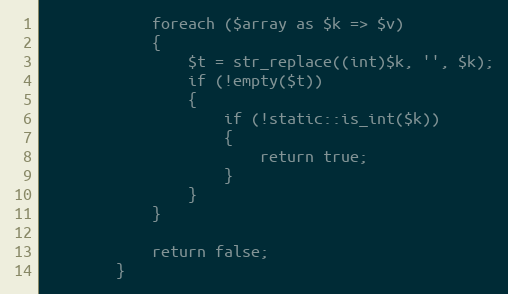
Language: PHP
			foreach ($array as $k => $v)
			{
				$t = str_replace((int)$k, '', $k);
				if (!empty($t))
				{
					if (!static::is_int($k))
					{
						return true;
					}
				}
			}

			return false;
		}